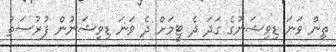
ތިން ވަނަ ޑިވިޝަނުގެ ގަދަ ދެ ޓީމަށް ދެ ވަނަ ޑިވިޝަނުން ފުރުސަތު